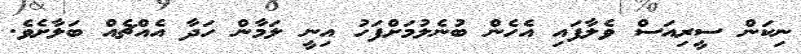
ނިކަން ސީރިއަސް ވެލާފައި އެހެން ބުނެލުމަށްފަހު އިނީ ލަމާން ހަދާ އެއްޗެއް ބަލާށެވެ.